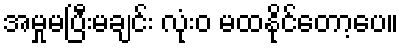
အမှုမပြီးမချင်း လုံးဝ မထနိုင်တော့ပေ။